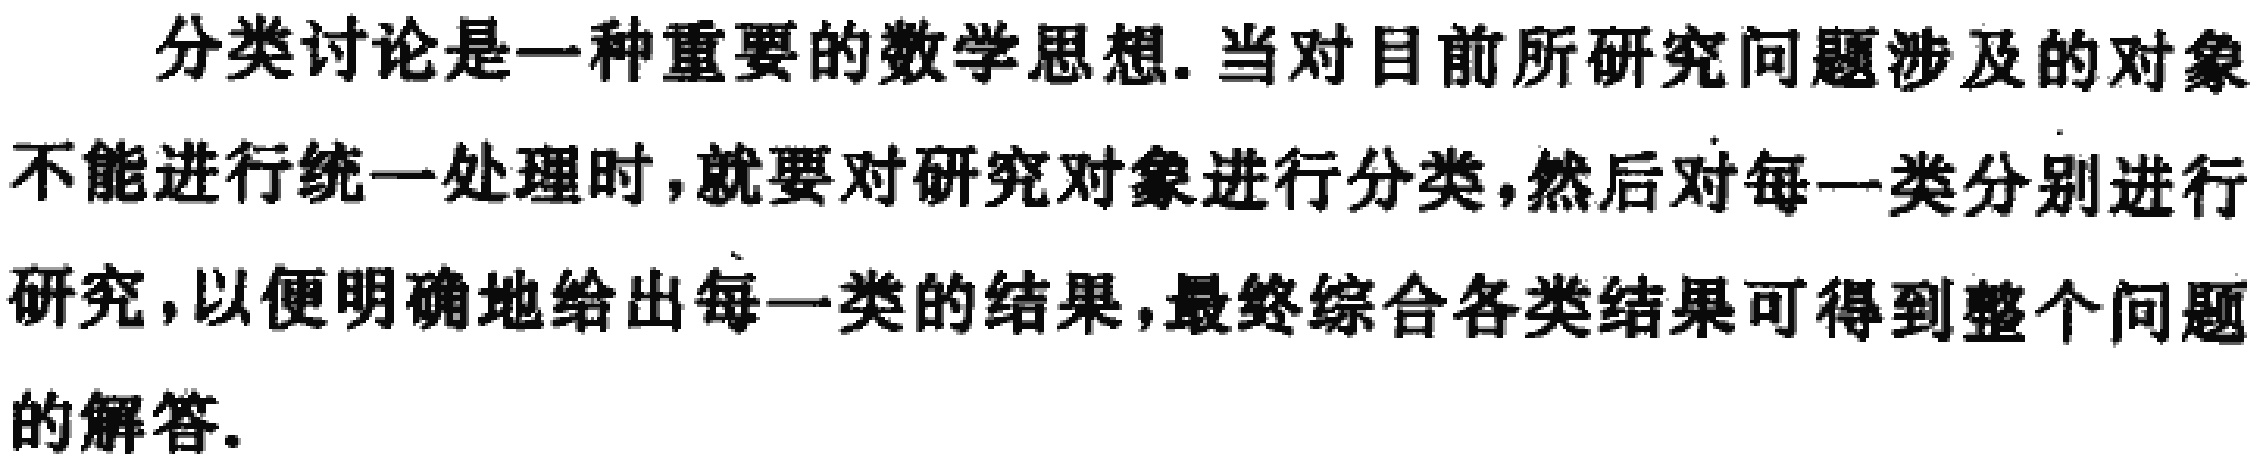
分类讨论是一种重要的数学思想. 当对目前所研究问题涉及的对象不能进行统一处理时,就要对研究对象进行分类,然后对每一类分别进行研究,以便明确地给出每一类的结果,最终综合各类结果可得到整个问题的解答.